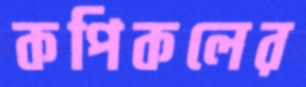
কপিকলের